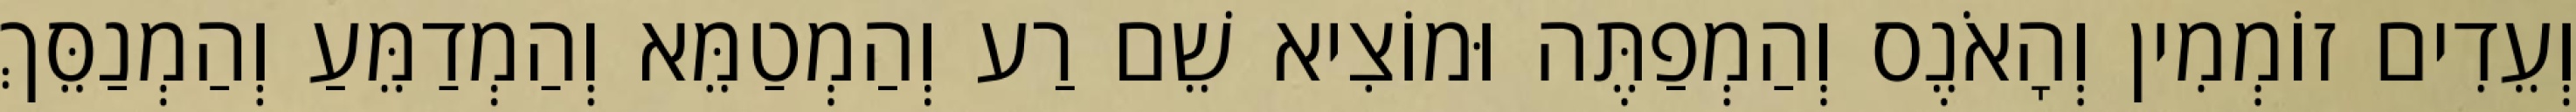
וְעֵדִים זוֹמְמִין וְהָאֹנֶס וְהַמְפַתֶּה וּמוֹצִיא שֵׁם רַע וְהַמְטַמֵּא וְהַמְדַמֵּעַ וְהַמְנַסֵּךְ